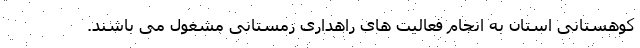
کوهستانی استان به انجام فعالیت های راهداری زمستانی مشغول می باشند.